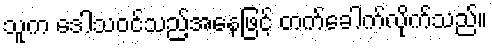
သူက ဒေါသဝင်သည့်အနေဖြင့် တက်ခေါက်လိုက်သည်။